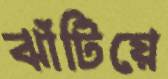
ঝাঁটিয়ে